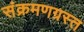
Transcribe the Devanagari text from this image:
संक्रमणग्रस्त